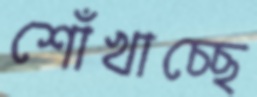
শোঁখাচ্ছে